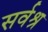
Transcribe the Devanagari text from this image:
सर्वश्र